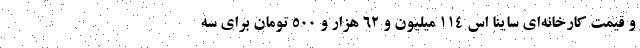
و قیمت کارخانه‌ای ساینا اس ۱۱۴ میلیون و ۶۲ هزار و ۵۰۰ تومان برای سه